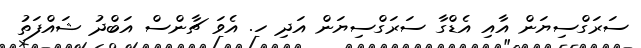
ސަރަގްސިޔަން އާއި އެޑްގާ ސަރަގްސިޔަން އަދި ހ. އެވަ ޗާންސް އަބްދު ޝައްފަތު